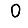
Digit: 0